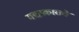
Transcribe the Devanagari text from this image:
गद्यप्रकाराचे